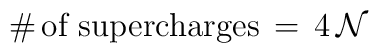
\# \mbox{\,of supercharges}\, = \, 4 \, \mathcal{N}